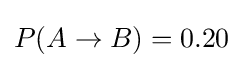
P(A\rightarrow B)=0.20